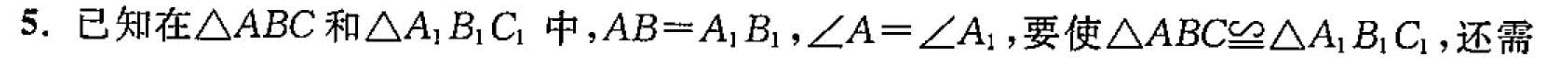
5.已知在△ABC和△A_{1}B_{1}C_{1}中，$$A B = A _ { 1 } B _ { 1 }$$，$$∠ A = ∠ A _ { 1 }$$，要使$$△ A B C ≌ △ A _ { 1 } B _ { 1 } C _ { 1 }$$，还需